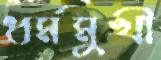
ধর্মমুখী